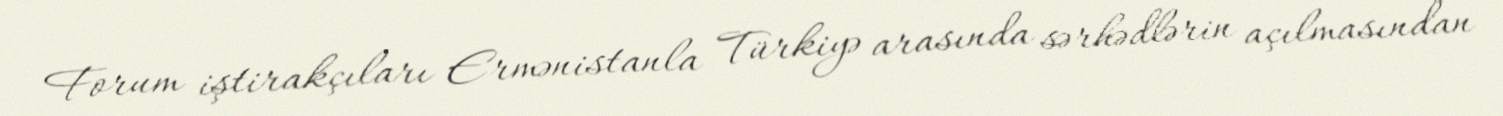
Forum iştirakçıları Ermənistanla Türkiyə arasında sərhədlərin açılmasından